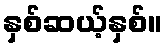
နှစ်ဆယ့်နှစ်။